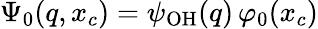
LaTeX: \Psi_{0}(q,x_{c})=\psi_{\mathrm{OH}}(q)\, \varphi_{0}(x_{c})